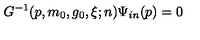
G ^ { - 1 } ( p , m _ { 0 } , g _ { 0 } , \xi ; n ) \Psi _ { i n } ( p ) = 0